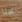
هنا